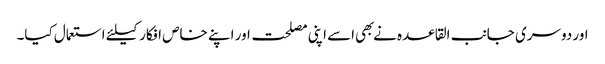
اور دوسری جانب القاعده نے بهی اسے اپنی مصلحت اور اپنے خاص افکار کیلئے استعمال کیا۔